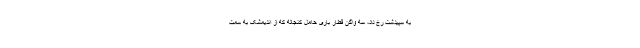
به سپیدشت رخ داد، سه واگن قطار باری حامل کنجاله که از اندیمشک به سمت